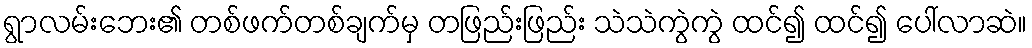
ရွာလမ်းဘေး၏ တစ်ဖက်တစ်ချက်မှ တဖြည်းဖြည်း သဲသဲကွဲကွဲ ထင်၍ ထင်၍ ပေါ်လာဆဲ။